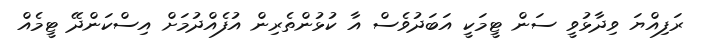
ރަފިއްޔަ ވިދާޅުވީ ސަން ޓީމަކީ އަބަދުވެސް އާ ކުޅުންތެރިން އުފެއްދުމަށް އިސްކަންދޭ ޓީމެއް